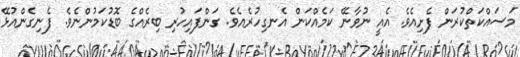
މަސައްކަތްކުރަން ފެށިއެވެ. އެއީ ނުވާނޭ ކަމެއްކަން އެނގިހުރެއެވެ. ގަންފައިހުރި ބިރެއްގެ ބޮޑުކަމުންނެވެ. ފެނިގެންއުޅޭ